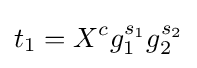
t_{1}=X^{c}g_{1}^{s_{1}}g_{2}^{s_{2}}